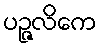
ပဉ္ဇလိကေ